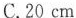
C.20cm